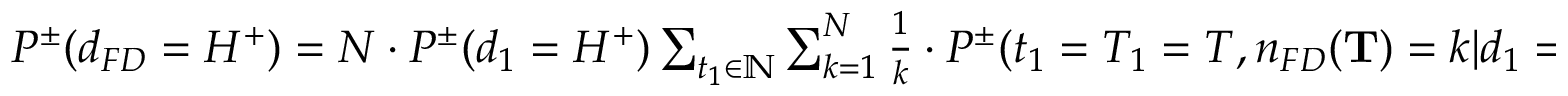
\begin{array} { r } { P ^ { \pm } ( d _ { F D } = H ^ { + } ) = N \cdot P ^ { \pm } ( d _ { 1 } = H ^ { + } ) \sum _ { t _ { 1 } \in \mathbb { N } } \sum _ { k = 1 } ^ { N } \frac { 1 } { k } \cdot P ^ { \pm } ( t _ { 1 } = T _ { 1 } = T , n _ { F D } ( \mathbf { T } ) = k | d _ { 1 } = H ^ { + } ) . } \end{array}